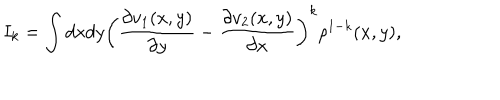
LaTeX: I _ { k } = \int d x d y \left( \frac { \partial v _ { 1 } ( x , y ) } { \partial y } - \frac { \partial v _ { 2 } ( x , y ) } { \partial x } \right) ^ { k } \rho ^ { 1 - k } ( x , y ) ,